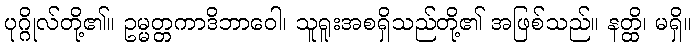
ပုဂ္ဂိုလ်တို့၏။ ဥမ္မတ္တကာဒိဘာဝေါ၊ သူရူးအစရှိသည်တို့၏ အဖြစ်သည်။ နတ္ထိ၊ မရှိ။